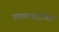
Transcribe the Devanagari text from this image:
पवळाबाईच्या